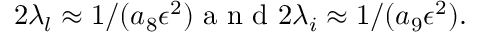
2 \lambda _ { l } \approx 1 / ( a _ { 8 } \epsilon ^ { 2 } ) \mathrm { ~ a ~ n ~ d ~ } 2 \lambda _ { i } \approx 1 / ( a _ { 9 } \epsilon ^ { 2 } ) .